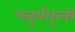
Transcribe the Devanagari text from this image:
चतुर्थमुखी